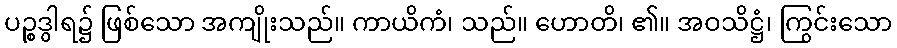
ပဉ္စဒွါရ၌ ဖြစ်သော အကျိုးသည်။ ကာယိကံ၊ သည်။ ဟောတိ၊ ၏။ အဝသိဋ္ဌံ၊ ကြွင်းသော